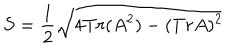
LaTeX: S = \frac { 1 } { 2 } \sqrt { 4 T r ( A ^ { 2 } ) - ( T r A ) ^ { 2 } }